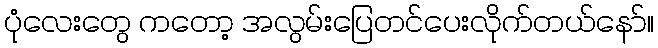
ပုံလေးတွေ ကတော့ အလွမ်းပြေတင်ပေးလိုက်တယ်နော်။